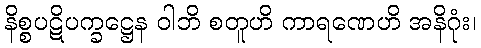
နိစ္စပဋိပက္ခဋ္ဌေန ဝါဘိ စတူဟိ ကာရဏေဟိ အနိဂုံး၊